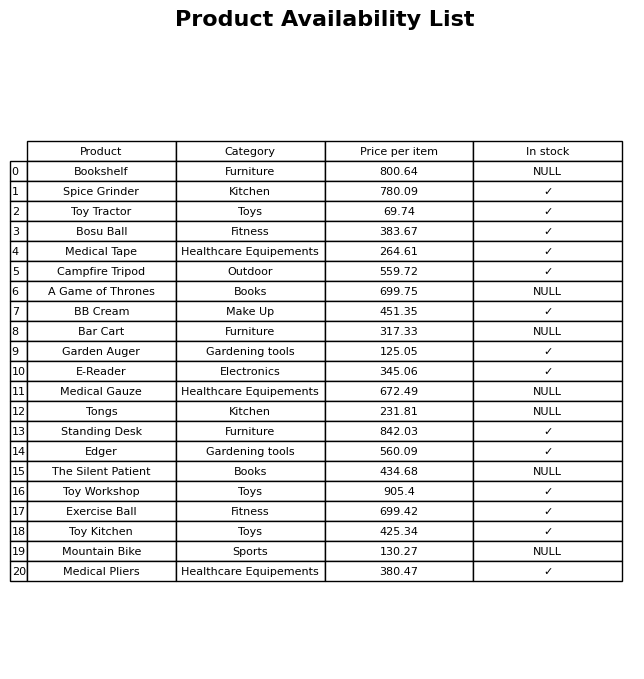
question: What is the stock status of the Toy Kitchen?
answer: ✓